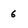
Character: 6